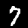
Digit: 7